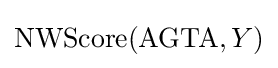
\operatorname {NWScore} ({\text{AGTA}},Y)